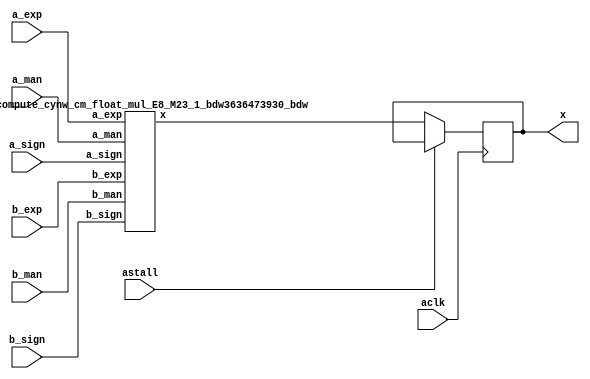
module DFT_compute_cynw_cm_float_mul_E8_M23_2( a_sign, a_exp, a_man, b_sign, b_exp, b_man, x, aclk, astall );
input a_sign;
input [7:0] a_exp;
input [22:0] a_man;
input b_sign;
input [7:0] b_exp;
input [22:0] b_man;
output [31:0] x;
wire[31:0] x_wire;
input aclk;
input astall;
DFT_compute_cynw_cm_float_mul_E8_M23_1_bdw3636473930_bdw DFT_compute_cynw_cm_float_mul_E8_M23_1_inst( .a_sign(a_sign), .a_exp(a_exp), .a_man(a_man), .b_sign(b_sign), .b_exp(b_exp), .b_man(b_man), .x(x_wire));
reg [31:0] x_reg_0;
/* $A : movable_reg */
always @(posedge aclk) begin
    if ( !astall) x_reg_0 <= x_wire;
end
/* $A : movable_reg = reset */
assign x = x_reg_0;
endmodule
/*****************************************************************************
    Verilog Hierarchical RTL Description
    
    
    Created by: CellMath Designer 2019.1.01 
*******************************************************************************/

module DFT_compute_cynw_cm_float_mul_E8_M23_1_bdw3636473930_bdw (
	a_sign,
	a_exp,
	a_man,
	b_sign,
	b_exp,
	b_man,
	x
	); /* architecture "behavioural" */ 
input  a_sign;
input [7:0] a_exp;
input [22:0] a_man;
input  b_sign;
input [7:0] b_exp;
input [22:0] b_man;
output [31:0] x;
wire [23:0] inst_cellmath__25,
	inst_cellmath__26;
wire  inst_cellmath__30,
	inst_cellmath__31,
	inst_cellmath__32,
	inst_cellmath__33,
	inst_cellmath__34,
	inst_cellmath__35,
	inst_cellmath__36,
	inst_cellmath__37,
	inst_cellmath__38,
	inst_cellmath__39;
wire [49:0] inst_i_mul_int_mult_datapath_prodSum;
wire [9:0] inst_cellmath__45;
wire  inst_cellmath__48,
	inst_cellmath__49,
	inst_cellmath__50,
	inst_cellmath__51,
	inst_cellmath__52,
	inst_cellmath__53;
wire [7:0] inst_cellmath__54;
wire [22:0] inst_cellmath__55;
wire [31:0] inst_cellmath__65;
wire [0:0] inst_cellmath__32__5,
	inst_cellmath__32__6,
	inst_cellmath__33__7,
	inst_cellmath__33__8,
	inst_cellmath__50__15,
	inst_cellmath__51__17,
	inst_cellmath__51__16,
	inst_cellmath__52__21,
	inst_cellmath__52__20,
	inst_cellmath__54__30,
	inst_cellmath__55__36;
wire [1:0] inst_cellmath__54__30_0;
wire [2:0] inst_cellmath__50_0;
cynw_cm_float_mul_inst_cellmath__32__5__bdw3636473930_bdw inst_cellmath__32__5__0(
	.inst_cellmath__32__5__out0(inst_cellmath__32__5),
	.inst_cellmath__32__5__in0(a_exp)
	) ;
cynw_cm_float_mul_inst_cellmath__32__6__bdw3636473930_bdw inst_cellmath__32__6__0(
	.inst_cellmath__32__6__out0(inst_cellmath__32__6),
	.inst_cellmath__32__6__in0(a_man)
	) ;
cynw_cm_float_mul_inst_cellmath__34_0_bdw3636473930_bdw inst_cellmath__34_0_0(
	.inst_cellmath__34_0_out0(inst_cellmath__34),
	.inst_cellmath__34_0_in0(inst_cellmath__32__6),
	.inst_cellmath__34_0_in1(inst_cellmath__32__5)
	) ;
cynw_cm_float_mul_inst_cellmath__33__7__bdw3636473930_bdw inst_cellmath__33__7__0(
	.inst_cellmath__33__7__out0(inst_cellmath__33__7),
	.inst_cellmath__33__7__in0(b_exp)
	) ;
cynw_cm_float_mul_inst_cellmath__33__8__bdw3636473930_bdw inst_cellmath__33__8__0(
	.inst_cellmath__33__8__out0(inst_cellmath__33__8),
	.inst_cellmath__33__8__in0(b_man)
	) ;
cynw_cm_float_mul_inst_cellmath__35_0_bdw3636473930_bdw inst_cellmath__35_0_0(
	.inst_cellmath__35_0_out0(inst_cellmath__35),
	.inst_cellmath__35_0_in0(inst_cellmath__33__8),
	.inst_cellmath__35_0_in1(inst_cellmath__33__7)
	) ;
cynw_cm_float_mul_inst_cellmath__38_0_bdw3636473930_bdw inst_cellmath__38_0_0(
	.inst_cellmath__38_0_out0(inst_cellmath__38),
	.inst_cellmath__38_0_in0(inst_cellmath__35),
	.inst_cellmath__38_0_in1(inst_cellmath__34)
	) ;
cynw_cm_float_mul_inst_cellmath__32_0_bdw3636473930_bdw inst_cellmath__32_0_0(
	.inst_cellmath__32_0_out0(inst_cellmath__32),
	.inst_cellmath__32_0_in0(inst_cellmath__32__6),
	.inst_cellmath__32_0_in1(inst_cellmath__32__5)
	) ;
cynw_cm_float_mul_inst_cellmath__33_0_bdw3636473930_bdw inst_cellmath__33_0_0(
	.inst_cellmath__33_0_out0(inst_cellmath__33),
	.inst_cellmath__33_0_in0(inst_cellmath__33__8),
	.inst_cellmath__33_0_in1(inst_cellmath__33__7)
	) ;
cynw_cm_float_mul_inst_cellmath__37_0_bdw3636473930_bdw inst_cellmath__37_0_0(
	.inst_cellmath__37_0_out0(inst_cellmath__37),
	.inst_cellmath__37_0_in0(inst_cellmath__33),
	.inst_cellmath__37_0_in1(inst_cellmath__32)
	) ;
cynw_cm_float_mul_inst_cellmath__30_0_bdw3636473930_bdw inst_cellmath__30_0_0(
	.inst_cellmath__30_0_out0(inst_cellmath__30),
	.inst_cellmath__30_0_in0(a_exp)
	) ;
cynw_cm_float_mul_inst_cellmath__31_0_bdw3636473930_bdw inst_cellmath__31_0_0(
	.inst_cellmath__31_0_out0(inst_cellmath__31),
	.inst_cellmath__31_0_in0(b_exp)
	) ;
cynw_cm_float_mul_inst_cellmath__36_0_bdw3636473930_bdw inst_cellmath__36_0_0(
	.inst_cellmath__36_0_out0(inst_cellmath__36),
	.inst_cellmath__36_0_in0(inst_cellmath__31),
	.inst_cellmath__36_0_in1(inst_cellmath__30)
	) ;
cynw_cm_float_mul_inst_cellmath__50__15__bdw3636473930_bdw inst_cellmath__50__15__0(
	.inst_cellmath__50__15__out0(inst_cellmath__50__15),
	.inst_cellmath__50__15__in0(inst_cellmath__37),
	.inst_cellmath__50__15__in1(inst_cellmath__36)
	) ;
cynw_cm_float_mul_inst_cellmath__50_1_bdw3636473930_bdw inst_cellmath__50_1_0(
	.inst_cellmath__50_1_out0(inst_cellmath__50),
	.inst_cellmath__50_1_in0(inst_cellmath__50__15),
	.inst_cellmath__50_1_in1(inst_cellmath__38)
	) ;
cynw_cm_float_mul_inst_cellmath__52__21__bdw3636473930_bdw inst_cellmath__52__21__0(
	.inst_cellmath__52__21__out0(inst_cellmath__52__21),
	.inst_cellmath__52__21__in0(inst_cellmath__37),
	.inst_cellmath__52__21__in1(inst_cellmath__36)
	) ;

assign inst_cellmath__26 = {1'B1,b_man};

assign inst_cellmath__25 = {1'B1,a_man};
cynw_cm_float_mul_inst_i_mul_int_mult_datapath_prodSum_0_bdw3636473930_bdw inst_i_mul_int_mult_datapath_prodSum_0_0(
	.inst_i_mul_int_mult_datapath_prodSum_0_out0(inst_i_mul_int_mult_datapath_prodSum[47:0]),
	.inst_i_mul_int_mult_datapath_prodSum_0_in0(b_man),
	.inst_i_mul_int_mult_datapath_prodSum_0_in1(a_man)
	) ;
cynw_cm_float_mul_inst_cellmath__45_0_bdw3636473930_bdw inst_cellmath__45_0_0(
	.inst_cellmath__45_0_out0(inst_cellmath__45),
	.inst_cellmath__45_0_in0(inst_i_mul_int_mult_datapath_prodSum[47]),
	.inst_cellmath__45_0_in1(b_exp),
	.inst_cellmath__45_0_in2(a_exp)
	) ;
cynw_cm_float_mul_inst_cellmath__49_0_bdw3636473930_bdw inst_cellmath__49_0_0(
	.inst_cellmath__49_0_out0(inst_cellmath__49),
	.inst_cellmath__49_0_in0(inst_cellmath__45)
	) ;
cynw_cm_float_mul_inst_cellmath__52__20__bdw3636473930_bdw inst_cellmath__52__20__0(
	.inst_cellmath__52__20__out0(inst_cellmath__52__20),
	.inst_cellmath__52__20__in0(inst_cellmath__52__21),
	.inst_cellmath__52__20__in1(inst_cellmath__49)
	) ;
cynw_cm_float_mul_inst_cellmath__52_0_bdw3636473930_bdw inst_cellmath__52_0_0(
	.inst_cellmath__52_0_out0(inst_cellmath__52),
	.inst_cellmath__52_0_in0(inst_cellmath__52__20),
	.inst_cellmath__52_0_in1(inst_cellmath__50__15),
	.inst_cellmath__52_0_in2(inst_cellmath__38)
	) ;
cynw_cm_float_mul_inst_cellmath__54__30__bdw3636473930_bdw inst_cellmath__54__30__0(
	.inst_cellmath__54__30__out0(inst_cellmath__54__30),
	.inst_cellmath__54__30__in0(inst_cellmath__52),
	.inst_cellmath__54__30__in1(inst_cellmath__50)
	) ;
cynw_cm_float_mul_inst_cellmath__51__17__bdw3636473930_bdw inst_cellmath__51__17__0(
	.inst_cellmath__51__17__out0(inst_cellmath__51__17),
	.inst_cellmath__51__17__in0(inst_cellmath__37),
	.inst_cellmath__51__17__in1(inst_cellmath__36)
	) ;
cynw_cm_float_mul_inst_cellmath__48_0_bdw3636473930_bdw inst_cellmath__48_0_0(
	.inst_cellmath__48_0_out0(inst_cellmath__48),
	.inst_cellmath__48_0_in0(inst_cellmath__45)
	) ;
cynw_cm_float_mul_inst_cellmath__51__16__bdw3636473930_bdw inst_cellmath__51__16__0(
	.inst_cellmath__51__16__out0(inst_cellmath__51__16),
	.inst_cellmath__51__16__in0(inst_cellmath__51__17),
	.inst_cellmath__51__16__in1(inst_cellmath__48)
	) ;
cynw_cm_float_mul_inst_cellmath__51_0_bdw3636473930_bdw inst_cellmath__51_0_0(
	.inst_cellmath__51_0_out0(inst_cellmath__51),
	.inst_cellmath__51_0_in0(inst_cellmath__51__16),
	.inst_cellmath__51_0_in1(inst_cellmath__50__15),
	.inst_cellmath__51_0_in2(inst_cellmath__38)
	) ;

assign inst_cellmath__54__30_0 = {inst_cellmath__54__30,inst_cellmath__51};
cynw_cm_float_mul_inst_cellmath__39_0_bdw3636473930_bdw inst_cellmath__39_0_0(
	.inst_cellmath__39_0_out0(inst_cellmath__39),
	.inst_cellmath__39_0_in0(b_sign),
	.inst_cellmath__39_0_in1(a_sign)
	) ;
cynw_cm_float_mul_inst_cellmath__53_0_bdw3636473930_bdw inst_cellmath__53_0_0(
	.inst_cellmath__53_0_out0(inst_cellmath__53),
	.inst_cellmath__53_0_in0(inst_cellmath__50),
	.inst_cellmath__53_0_in1(inst_cellmath__39)
	) ;
cynw_cm_float_mul_inst_cellmath__54_0_bdw3636473930_bdw inst_cellmath__54_0_0(
	.inst_cellmath__54_0_out0(inst_cellmath__54),
	.inst_cellmath__54_0_in0(inst_cellmath__54__30),
	.inst_cellmath__54_0_in1(inst_cellmath__51),
	.inst_cellmath__54_0_in2(inst_cellmath__45[7:0])
	) ;
cynw_cm_float_mul_inst_cellmath__55__36__bdw3636473930_bdw inst_cellmath__55__36__0(
	.inst_cellmath__55__36__out0(inst_cellmath__55__36),
	.inst_cellmath__55__36__in0(inst_cellmath__52),
	.inst_cellmath__55__36__in1(inst_cellmath__51)
	) ;

assign inst_cellmath__50_0 = {inst_cellmath__50,inst_cellmath__55__36,inst_i_mul_int_mult_datapath_prodSum[47]};
cynw_cm_float_mul_inst_cellmath__55_0_bdw3636473930_bdw inst_cellmath__55_0_0(
	.inst_cellmath__55_0_out0(inst_cellmath__55),
	.inst_cellmath__55_0_in0(inst_i_mul_int_mult_datapath_prodSum[47:23]),
	.inst_cellmath__55_0_in1(inst_cellmath__55__36),
	.inst_cellmath__55_0_in2(inst_cellmath__50)
	) ;

assign inst_cellmath__65 = {inst_cellmath__53,inst_cellmath__54,inst_cellmath__55};

assign x = inst_cellmath__65;
endmodule

module cynw_cm_float_mul_inst_cellmath__32__5__bdw3636473930_bdw (
	inst_cellmath__32__5__out0,
	inst_cellmath__32__5__in0
	); /* architecture "behavioural" */ 
output [0:0] inst_cellmath__32__5__out0;
input [7:0] inst_cellmath__32__5__in0;

assign inst_cellmath__32__5__out0 = (13'B0000011111110==(inst_cellmath__32__5__in0 - 13'B0000000000001));
endmodule

module cynw_cm_float_mul_inst_cellmath__32__6__bdw3636473930_bdw (
	inst_cellmath__32__6__out0,
	inst_cellmath__32__6__in0
	); /* architecture "behavioural" */ 
output [0:0] inst_cellmath__32__6__out0;
input [22:0] inst_cellmath__32__6__in0;

assign inst_cellmath__32__6__out0 = (27'B000000000000000000000000000==inst_cellmath__32__6__in0);
endmodule

module cynw_cm_float_mul_inst_cellmath__34_0_bdw3636473930_bdw (
	inst_cellmath__34_0_out0,
	inst_cellmath__34_0_in0,
	inst_cellmath__34_0_in1
	); /* architecture "behavioural" */ 
output  inst_cellmath__34_0_out0;
input [0:0] inst_cellmath__34_0_in0,
	inst_cellmath__34_0_in1;

assign inst_cellmath__34_0_out0 = 
	(inst_cellmath__34_0_in1)
	&((~inst_cellmath__34_0_in0));
endmodule

module cynw_cm_float_mul_inst_cellmath__33__7__bdw3636473930_bdw (
	inst_cellmath__33__7__out0,
	inst_cellmath__33__7__in0
	); /* architecture "behavioural" */ 
output [0:0] inst_cellmath__33__7__out0;
input [7:0] inst_cellmath__33__7__in0;

assign inst_cellmath__33__7__out0 = (13'B0000011111110==(inst_cellmath__33__7__in0 - 13'B0000000000001));
endmodule

module cynw_cm_float_mul_inst_cellmath__33__8__bdw3636473930_bdw (
	inst_cellmath__33__8__out0,
	inst_cellmath__33__8__in0
	); /* architecture "behavioural" */ 
output [0:0] inst_cellmath__33__8__out0;
input [22:0] inst_cellmath__33__8__in0;

assign inst_cellmath__33__8__out0 = (27'B000000000000000000000000000==inst_cellmath__33__8__in0);
endmodule

module cynw_cm_float_mul_inst_cellmath__35_0_bdw3636473930_bdw (
	inst_cellmath__35_0_out0,
	inst_cellmath__35_0_in0,
	inst_cellmath__35_0_in1
	); /* architecture "behavioural" */ 
output  inst_cellmath__35_0_out0;
input [0:0] inst_cellmath__35_0_in0,
	inst_cellmath__35_0_in1;

assign inst_cellmath__35_0_out0 = 
	(inst_cellmath__35_0_in1)
	&((~inst_cellmath__35_0_in0));
endmodule

module cynw_cm_float_mul_inst_cellmath__38_0_bdw3636473930_bdw (
	inst_cellmath__38_0_out0,
	inst_cellmath__38_0_in0,
	inst_cellmath__38_0_in1
	); /* architecture "behavioural" */ 
output  inst_cellmath__38_0_out0;
input  inst_cellmath__38_0_in0,
	inst_cellmath__38_0_in1;

assign inst_cellmath__38_0_out0 = 
	(inst_cellmath__38_0_in1)
	|(inst_cellmath__38_0_in0);
endmodule

module cynw_cm_float_mul_inst_cellmath__32_0_bdw3636473930_bdw (
	inst_cellmath__32_0_out0,
	inst_cellmath__32_0_in0,
	inst_cellmath__32_0_in1
	); /* architecture "behavioural" */ 
output  inst_cellmath__32_0_out0;
input [0:0] inst_cellmath__32_0_in0,
	inst_cellmath__32_0_in1;

assign inst_cellmath__32_0_out0 = 
	(inst_cellmath__32_0_in1)
	&(inst_cellmath__32_0_in0);
endmodule

module cynw_cm_float_mul_inst_cellmath__33_0_bdw3636473930_bdw (
	inst_cellmath__33_0_out0,
	inst_cellmath__33_0_in0,
	inst_cellmath__33_0_in1
	); /* architecture "behavioural" */ 
output  inst_cellmath__33_0_out0;
input [0:0] inst_cellmath__33_0_in0,
	inst_cellmath__33_0_in1;

assign inst_cellmath__33_0_out0 = 
	(inst_cellmath__33_0_in1)
	&(inst_cellmath__33_0_in0);
endmodule

module cynw_cm_float_mul_inst_cellmath__37_0_bdw3636473930_bdw (
	inst_cellmath__37_0_out0,
	inst_cellmath__37_0_in0,
	inst_cellmath__37_0_in1
	); /* architecture "behavioural" */ 
output  inst_cellmath__37_0_out0;
input  inst_cellmath__37_0_in0,
	inst_cellmath__37_0_in1;

assign inst_cellmath__37_0_out0 = 
	(inst_cellmath__37_0_in1)
	|(inst_cellmath__37_0_in0);
endmodule

module cynw_cm_float_mul_inst_cellmath__30_0_bdw3636473930_bdw (
	inst_cellmath__30_0_out0,
	inst_cellmath__30_0_in0
	); /* architecture "behavioural" */ 
output  inst_cellmath__30_0_out0;
input [7:0] inst_cellmath__30_0_in0;

assign inst_cellmath__30_0_out0 = (12'B000000000000==inst_cellmath__30_0_in0);
endmodule

module cynw_cm_float_mul_inst_cellmath__31_0_bdw3636473930_bdw (
	inst_cellmath__31_0_out0,
	inst_cellmath__31_0_in0
	); /* architecture "behavioural" */ 
output  inst_cellmath__31_0_out0;
input [7:0] inst_cellmath__31_0_in0;

assign inst_cellmath__31_0_out0 = (12'B000000000000==inst_cellmath__31_0_in0);
endmodule

module cynw_cm_float_mul_inst_cellmath__36_0_bdw3636473930_bdw (
	inst_cellmath__36_0_out0,
	inst_cellmath__36_0_in0,
	inst_cellmath__36_0_in1
	); /* architecture "behavioural" */ 
output  inst_cellmath__36_0_out0;
input  inst_cellmath__36_0_in0,
	inst_cellmath__36_0_in1;

assign inst_cellmath__36_0_out0 = 
	(inst_cellmath__36_0_in1)
	|(inst_cellmath__36_0_in0);
endmodule

module cynw_cm_float_mul_inst_cellmath__50__15__bdw3636473930_bdw (
	inst_cellmath__50__15__out0,
	inst_cellmath__50__15__in0,
	inst_cellmath__50__15__in1
	); /* architecture "behavioural" */ 
output [0:0] inst_cellmath__50__15__out0;
input  inst_cellmath__50__15__in0,
	inst_cellmath__50__15__in1;

assign inst_cellmath__50__15__out0 = 
	(inst_cellmath__50__15__in0)
	&(inst_cellmath__50__15__in1);
endmodule

module cynw_cm_float_mul_inst_cellmath__50_1_bdw3636473930_bdw (
	inst_cellmath__50_1_out0,
	inst_cellmath__50_1_in0,
	inst_cellmath__50_1_in1
	); /* architecture "behavioural" */ 
output  inst_cellmath__50_1_out0;
input [0:0] inst_cellmath__50_1_in0;
input  inst_cellmath__50_1_in1;

assign inst_cellmath__50_1_out0 = 
	(inst_cellmath__50_1_in1)
	|(inst_cellmath__50_1_in0);
endmodule

module cynw_cm_float_mul_inst_cellmath__52__21__bdw3636473930_bdw (
	inst_cellmath__52__21__out0,
	inst_cellmath__52__21__in0,
	inst_cellmath__52__21__in1
	); /* architecture "behavioural" */ 
output [0:0] inst_cellmath__52__21__out0;
input  inst_cellmath__52__21__in0,
	inst_cellmath__52__21__in1;

assign inst_cellmath__52__21__out0 = 
	(inst_cellmath__52__21__in0)
	&((~inst_cellmath__52__21__in1));
endmodule

module cynw_cm_float_mul_inst_i_mul_int_mult_datapath_prodSum_0_bdw3636473930_bdw (
	inst_i_mul_int_mult_datapath_prodSum_0_out0,
	inst_i_mul_int_mult_datapath_prodSum_0_in0,
	inst_i_mul_int_mult_datapath_prodSum_0_in1
	); /* architecture "behavioural" */ 
output [47:0] inst_i_mul_int_mult_datapath_prodSum_0_out0;
input [22:0] inst_i_mul_int_mult_datapath_prodSum_0_in0,
	inst_i_mul_int_mult_datapath_prodSum_0_in1;
wire [23:0] inst_cellmath__26,
	inst_cellmath__25;

assign inst_cellmath__26 = {1'B1,inst_i_mul_int_mult_datapath_prodSum_0_in0};

assign inst_cellmath__25 = {1'B1,inst_i_mul_int_mult_datapath_prodSum_0_in1};

wire [47:0] inst_i_mul_int_mult_datapath_prodSum_0_out0_tmp_0;
assign inst_i_mul_int_mult_datapath_prodSum_0_out0_tmp_0 = 
	+(inst_cellmath__25 * inst_cellmath__26);
assign inst_i_mul_int_mult_datapath_prodSum_0_out0 = inst_i_mul_int_mult_datapath_prodSum_0_out0_tmp_0
	+(48'B000000000000000000000000010000000000000000000000);
endmodule

module cynw_cm_float_mul_inst_cellmath__45_0_bdw3636473930_bdw (
	inst_cellmath__45_0_out0,
	inst_cellmath__45_0_in0,
	inst_cellmath__45_0_in1,
	inst_cellmath__45_0_in2
	); /* architecture "behavioural" */ 
output [9:0] inst_cellmath__45_0_out0;
input [47:47] inst_cellmath__45_0_in0;
input [7:0] inst_cellmath__45_0_in1,
	inst_cellmath__45_0_in2;

wire [9:0] inst_cellmath__45_0_out0_tmp_0;
wire [9:0] inst_cellmath__45_0_out0_tmp_1;
assign inst_cellmath__45_0_out0_tmp_1 = 
	+(inst_cellmath__45_0_in0)
	+(inst_cellmath__45_0_in1);
assign inst_cellmath__45_0_out0_tmp_0 = inst_cellmath__45_0_out0_tmp_1
	+(inst_cellmath__45_0_in2);
assign inst_cellmath__45_0_out0 = inst_cellmath__45_0_out0_tmp_0
	-(10'B0001111111);
endmodule

module cynw_cm_float_mul_inst_cellmath__49_0_bdw3636473930_bdw (
	inst_cellmath__49_0_out0,
	inst_cellmath__49_0_in0
	); /* architecture "behavioural" */ 
output  inst_cellmath__49_0_out0;
input [9:0] inst_cellmath__49_0_in0;

assign inst_cellmath__49_0_out0 = ((14'B10000000000000 ^ 14'B00000011111110)<(14'B10000000000000 ^ {{4{inst_cellmath__49_0_in0[9]}}, inst_cellmath__49_0_in0}));
endmodule

module cynw_cm_float_mul_inst_cellmath__52__20__bdw3636473930_bdw (
	inst_cellmath__52__20__out0,
	inst_cellmath__52__20__in0,
	inst_cellmath__52__20__in1
	); /* architecture "behavioural" */ 
output [0:0] inst_cellmath__52__20__out0;
input [0:0] inst_cellmath__52__20__in0;
input  inst_cellmath__52__20__in1;

assign inst_cellmath__52__20__out0 = 
	(inst_cellmath__52__20__in0)
	|(inst_cellmath__52__20__in1);
endmodule

module cynw_cm_float_mul_inst_cellmath__52_0_bdw3636473930_bdw (
	inst_cellmath__52_0_out0,
	inst_cellmath__52_0_in0,
	inst_cellmath__52_0_in1,
	inst_cellmath__52_0_in2
	); /* architecture "behavioural" */ 
output  inst_cellmath__52_0_out0;
input [0:0] inst_cellmath__52_0_in0,
	inst_cellmath__52_0_in1;
input  inst_cellmath__52_0_in2;

assign inst_cellmath__52_0_out0 = 
	((~inst_cellmath__52_0_in1))
	&(inst_cellmath__52_0_in0)
	&((~inst_cellmath__52_0_in2));
endmodule

module cynw_cm_float_mul_inst_cellmath__54__30__bdw3636473930_bdw (
	inst_cellmath__54__30__out0,
	inst_cellmath__54__30__in0,
	inst_cellmath__54__30__in1
	); /* architecture "behavioural" */ 
output [0:0] inst_cellmath__54__30__out0;
input  inst_cellmath__54__30__in0,
	inst_cellmath__54__30__in1;

assign inst_cellmath__54__30__out0 = 
	(inst_cellmath__54__30__in1)
	|(inst_cellmath__54__30__in0);
endmodule

module cynw_cm_float_mul_inst_cellmath__51__17__bdw3636473930_bdw (
	inst_cellmath__51__17__out0,
	inst_cellmath__51__17__in0,
	inst_cellmath__51__17__in1
	); /* architecture "behavioural" */ 
output [0:0] inst_cellmath__51__17__out0;
input  inst_cellmath__51__17__in0,
	inst_cellmath__51__17__in1;

assign inst_cellmath__51__17__out0 = 
	(inst_cellmath__51__17__in1)
	&((~inst_cellmath__51__17__in0));
endmodule

module cynw_cm_float_mul_inst_cellmath__48_0_bdw3636473930_bdw (
	inst_cellmath__48_0_out0,
	inst_cellmath__48_0_in0
	); /* architecture "behavioural" */ 
output  inst_cellmath__48_0_out0;
input [9:0] inst_cellmath__48_0_in0;

assign inst_cellmath__48_0_out0 = ((14'B10000000000000 ^ {{4{inst_cellmath__48_0_in0[9]}}, inst_cellmath__48_0_in0})<=(14'B10000000000000 ^ 14'B00000000000000));
endmodule

module cynw_cm_float_mul_inst_cellmath__51__16__bdw3636473930_bdw (
	inst_cellmath__51__16__out0,
	inst_cellmath__51__16__in0,
	inst_cellmath__51__16__in1
	); /* architecture "behavioural" */ 
output [0:0] inst_cellmath__51__16__out0;
input [0:0] inst_cellmath__51__16__in0;
input  inst_cellmath__51__16__in1;

assign inst_cellmath__51__16__out0 = 
	(inst_cellmath__51__16__in0)
	|(inst_cellmath__51__16__in1);
endmodule

module cynw_cm_float_mul_inst_cellmath__51_0_bdw3636473930_bdw (
	inst_cellmath__51_0_out0,
	inst_cellmath__51_0_in0,
	inst_cellmath__51_0_in1,
	inst_cellmath__51_0_in2
	); /* architecture "behavioural" */ 
output  inst_cellmath__51_0_out0;
input [0:0] inst_cellmath__51_0_in0,
	inst_cellmath__51_0_in1;
input  inst_cellmath__51_0_in2;

assign inst_cellmath__51_0_out0 = 
	((~inst_cellmath__51_0_in1))
	&(inst_cellmath__51_0_in0)
	&((~inst_cellmath__51_0_in2));
endmodule

module cynw_cm_float_mul_inst_cellmath__39_0_bdw3636473930_bdw (
	inst_cellmath__39_0_out0,
	inst_cellmath__39_0_in0,
	inst_cellmath__39_0_in1
	); /* architecture "behavioural" */ 
output  inst_cellmath__39_0_out0;
input  inst_cellmath__39_0_in0,
	inst_cellmath__39_0_in1;

assign inst_cellmath__39_0_out0 = 
	(inst_cellmath__39_0_in1)
	^(inst_cellmath__39_0_in0);
endmodule

module cynw_cm_float_mul_inst_cellmath__53_0_bdw3636473930_bdw (
	inst_cellmath__53_0_out0,
	inst_cellmath__53_0_in0,
	inst_cellmath__53_0_in1
	); /* architecture "behavioural" */ 
output  inst_cellmath__53_0_out0;
input  inst_cellmath__53_0_in0,
	inst_cellmath__53_0_in1;

reg [0:0] inst_cellmath__53_0_out0_tmp_0;
assign inst_cellmath__53_0_out0 = inst_cellmath__53_0_out0_tmp_0;
always @ (inst_cellmath__53_0_in0 or inst_cellmath__53_0_in1) begin
	case (inst_cellmath__53_0_in0)
		1'B0 : inst_cellmath__53_0_out0_tmp_0 = inst_cellmath__53_0_in1 ;
		default : inst_cellmath__53_0_out0_tmp_0 = {1{1'b0}} ;
	endcase
end
endmodule

module cynw_cm_float_mul_inst_cellmath__54_0_bdw3636473930_bdw (
	inst_cellmath__54_0_out0,
	inst_cellmath__54_0_in0,
	inst_cellmath__54_0_in1,
	inst_cellmath__54_0_in2
	); /* architecture "behavioural" */ 
output [7:0] inst_cellmath__54_0_out0;
input [0:0] inst_cellmath__54_0_in0;
input  inst_cellmath__54_0_in1;
input [7:0] inst_cellmath__54_0_in2;
wire [1:0] inst_cellmath__54__30_0;

assign inst_cellmath__54__30_0 = {inst_cellmath__54_0_in0,inst_cellmath__54_0_in1};

reg [7:0] inst_cellmath__54_0_out0_tmp_0;
assign inst_cellmath__54_0_out0 = inst_cellmath__54_0_out0_tmp_0;
always @ (inst_cellmath__54__30_0 or inst_cellmath__54_0_in2) begin
	casez (inst_cellmath__54__30_0)
		2'B00 : inst_cellmath__54_0_out0_tmp_0 = inst_cellmath__54_0_in2 ;
		2'B1? : inst_cellmath__54_0_out0_tmp_0 = 8'B11111111 ;
		default : inst_cellmath__54_0_out0_tmp_0 = {8{1'b0}} ;
	endcase
end
endmodule

module cynw_cm_float_mul_inst_cellmath__55__36__bdw3636473930_bdw (
	inst_cellmath__55__36__out0,
	inst_cellmath__55__36__in0,
	inst_cellmath__55__36__in1
	); /* architecture "behavioural" */ 
output [0:0] inst_cellmath__55__36__out0;
input  inst_cellmath__55__36__in0,
	inst_cellmath__55__36__in1;

assign inst_cellmath__55__36__out0 = 
	(inst_cellmath__55__36__in0)
	|(inst_cellmath__55__36__in1);
endmodule

module cynw_cm_float_mul_inst_cellmath__55_0_bdw3636473930_bdw (
	inst_cellmath__55_0_out0,
	inst_cellmath__55_0_in0,
	inst_cellmath__55_0_in1,
	inst_cellmath__55_0_in2
	); /* architecture "behavioural" */ 
output [22:0] inst_cellmath__55_0_out0;
input [47:23] inst_cellmath__55_0_in0;
input [0:0] inst_cellmath__55_0_in1;
input  inst_cellmath__55_0_in2;
wire [2:0] inst_cellmath__50_0;

assign inst_cellmath__50_0 = {inst_cellmath__55_0_in2,inst_cellmath__55_0_in1,inst_cellmath__55_0_in0[47]};

reg [22:0] inst_cellmath__55_0_out0_tmp_0;
assign inst_cellmath__55_0_out0 = inst_cellmath__55_0_out0_tmp_0;
always @ (inst_cellmath__50_0 or inst_cellmath__55_0_in0[45:23] or inst_cellmath__55_0_in0[46:24]) begin
	casez (inst_cellmath__50_0)
		3'B000 : inst_cellmath__55_0_out0_tmp_0 = inst_cellmath__55_0_in0[45:23] ;
		3'B001 : inst_cellmath__55_0_out0_tmp_0 = inst_cellmath__55_0_in0[46:24] ;
		3'B1?? : inst_cellmath__55_0_out0_tmp_0 = 23'B11111111111111111111111 ;
		default : inst_cellmath__55_0_out0_tmp_0 = {23{1'b0}} ;
	endcase
end
endmodule

/* CADENCE  ubTxTgDfrQ== : u9/ySgnWtBlWxVPRXgAZ4Og= ** DO NOT EDIT THIS LINE **/